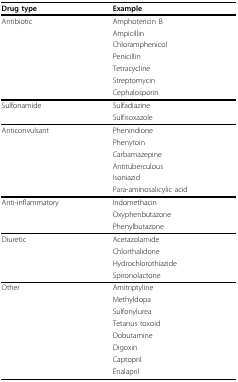
| Drug type | Example |
 | --- | --- |
 | Antibiotic | Amphotericin B |
 |  | Ampicillin |
 |  | Chloramphenicol |
 |  | Penicillin |
 |  | Tetracycline |
 |  | Streptomycin |
 |  | Cephalosporin |
 | Sulfonamide | Sulfadiazine |
 |  | Sulfisoxazole |
 | Anticonvulsant | Phenindione |
 |  | Phenytoin |
 |  | Carbamazepine |
 |  | Antituberculous |
 |  | Isoniazid |
 |  | Para-aminosalicylic acid |
 | Anti-inflammatory | Indomethacin |
 |  | Oxyphenbutazone |
 |  | Phenylbutazone |
 | Diuretic | Acetazolamide |
 |  | Chlorthalidone |
 |  | Hydrochlorothiazide |
 |  | Spironolactone |
 | Other | Amitriptyline |
 |  | Methyldopa |
 |  | Sulfonylurea |
 |  | Tetanus toxoid |
 |  | Dobutamine |
 |  | Digoxin |
 |  | Captopril |
 |  | Enalapril |